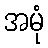
အမုံ